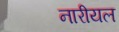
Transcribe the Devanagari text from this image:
नारीयल